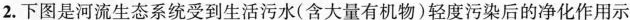
2.下图是河流生态系统受到生活污水（含大量有机物）轻度污染后的净化作用示